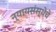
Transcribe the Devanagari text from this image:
न्यायसंस्थेचे